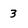
Character: 3